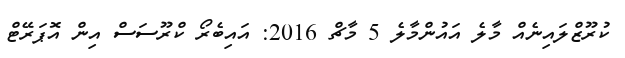
ކުރޫޒްލައިނެއް މާލެ އައުންމާލެ 5 މާޗް 2016: އައިބެރޯ ކްރޫސަސް އިން އޮޕަރޭޓް